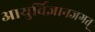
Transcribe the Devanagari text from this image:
आयुर्विज्ञानजगत्